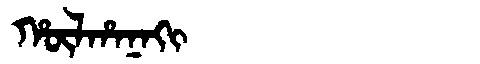
Manchu: ᡥᡡᠯᡥᠠᠨᠠᡴᡳ
Romanization: HŪLHANAKI